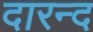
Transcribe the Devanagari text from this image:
दारन्द